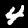
Digit: 4